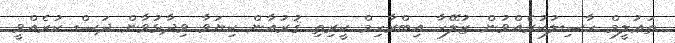
ތަޢުލީމް ހާސިލުކުރެއްވުން ޒުލޭހާ އިބްރާހިމް ކީރިތި ޤުރުއާން ކިޔަވާ ވިދާޅުވާން ދަސް ކުރެއްވީ